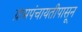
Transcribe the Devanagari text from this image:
ग्रामपंचायतीपासून